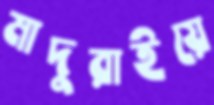
মাদুরাইয়ে